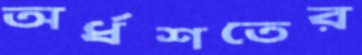
অর্ধশতের